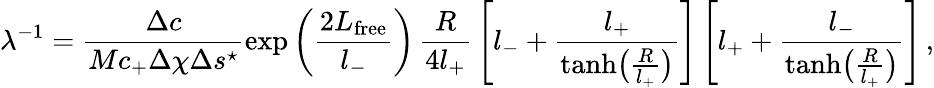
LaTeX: \lambda^{-1}=\frac{\Delta c}{Mc_{+}\Delta\chi\Delta s^{\star}}\exp\left(\frac{2L_{\mathrm{free}}}{l_{-}}\right)\, \frac{R}{4l_{+}}\, \left[l_{-}+\frac{l_{+}}{\operatorname{tanh}\bigl(\frac{R}{l_{+}}\bigr)}\right]\left[l_{+}+\frac{l_{-}}{\operatorname{tanh}\bigl(\frac{R}{l_{+}}\bigr)}\right]\, ,